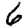
Digit: 6